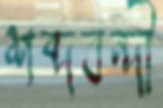
শব্দবন্দী